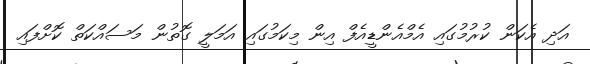
އަދި އެކަން ކުރުމުގައި އެމްއެންޑީއެފް އިން މިކަމުގައި އަމަލީ ގޮތުން މަސައްކަތް ކޮށްފައި